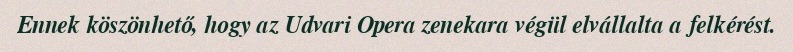
Ennek köszönhető, hogy az Udvari Opera zenekara végül elvállalta a felkérést.